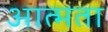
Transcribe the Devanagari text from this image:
आत्मता